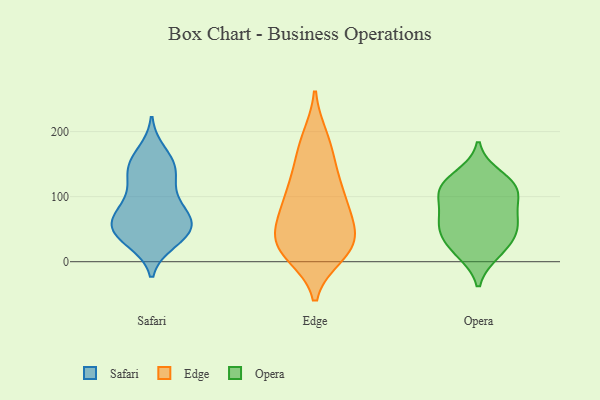
{"axis": {"x": "Demand Index", "y": "Value"}, "legend": ["Edge", "Opera", "Safari"], "data": [{"x": "", "y": 73, "type": "Safari"}, {"x": "", "y": 156, "type": "Safari"}, {"x": "", "y": 53, "type": "Safari"}, {"x": "", "y": 55, "type": "Safari"}, {"x": "", "y": 34, "type": "Safari"}, {"x": "", "y": 122, "type": "Safari"}, {"x": "", "y": 53, "type": "Safari"}, {"x": "", "y": 86, "type": "Safari"}, {"x": "", "y": 39, "type": "Safari"}, {"x": "", "y": 145, "type": "Safari"}, {"x": "", "y": 47, "type": "Safari"}, {"x": "", "y": 168, "type": "Safari"}, {"x": "", "y": 98, "type": "Safari"}, {"x": "", "y": 75, "type": "Safari"}, {"x": "", "y": 31, "type": "Safari"}, {"x": "", "y": 64, "type": "Safari"}, {"x": "", "y": 143, "type": "Safari"}, {"x": "", "y": 134, "type": "Safari"}, {"x": "", "y": 147, "type": "Edge"}, {"x": "", "y": 29, "type": "Edge"}, {"x": "", "y": 37, "type": "Edge"}, {"x": "", "y": 11, "type": "Edge"}, {"x": "", "y": 60, "type": "Edge"}, {"x": "", "y": 23, "type": "Edge"}, {"x": "", "y": 89, "type": "Edge"}, {"x": "", "y": 81, "type": "Edge"}, {"x": "", "y": 89, "type": "Edge"}, {"x": "", "y": 107, "type": "Edge"}, {"x": "", "y": 191, "type": "Edge"}, {"x": "", "y": 20, "type": "Edge"}, {"x": "", "y": 188, "type": "Edge"}, {"x": "", "y": 57, "type": "Edge"}, {"x": "", "y": 28, "type": "Edge"}, {"x": "", "y": 120, "type": "Edge"}, {"x": "", "y": 150, "type": "Edge"}, {"x": "", "y": 15, "type": "Edge"}, {"x": "", "y": 104, "type": "Opera"}, {"x": "", "y": 132, "type": "Opera"}, {"x": "", "y": 70, "type": "Opera"}, {"x": "", "y": 44, "type": "Opera"}, {"x": "", "y": 42, "type": "Opera"}, {"x": "", "y": 57, "type": "Opera"}, {"x": "", "y": 14, "type": "Opera"}, {"x": "", "y": 72, "type": "Opera"}, {"x": "", "y": 18, "type": "Opera"}, {"x": "", "y": 116, "type": "Opera"}, {"x": "", "y": 111, "type": "Opera"}, {"x": "", "y": 111, "type": "Opera"}]}